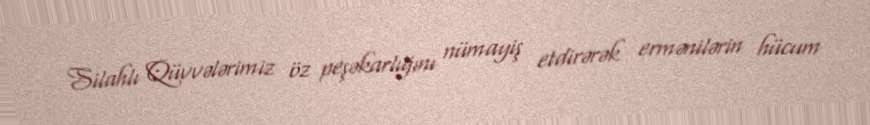
Silahlı Qüvvələrimiz öz peşəkarlığını nümayiş etdirərək ermənilərin hücum